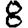
Digit: 8